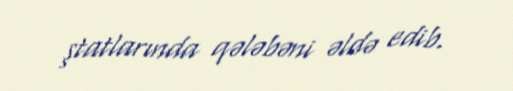
ştatlarında qələbəni əldə edib.